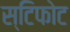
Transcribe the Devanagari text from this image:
स्टिफोट